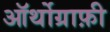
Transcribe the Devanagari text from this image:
ऑर्थोग्राफ़ी